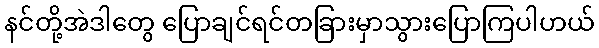
နင်တို့အဲဒါတွေ ပြောချင်ရင်တခြားမှာသွားပြောကြပါဟယ်